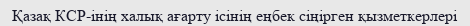
Қазақ КСР-інің халық ағарту ісінің еңбек сіңірген қызметкерлері